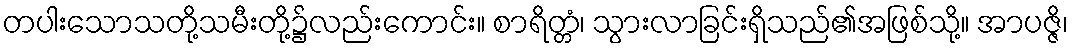
တပါးသောသတို့သမီးတို့၌လည်းကောင်း။ စာရိတ္တံ၊ သွားလာခြင်းရှိသည်၏အဖြစ်သို့။ အာပဇ္ဇိ၊